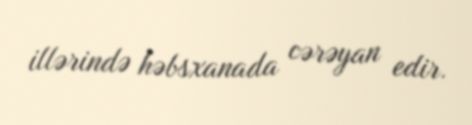
illərində həbsxanada cərəyan edir.